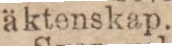
ä ktenskap.